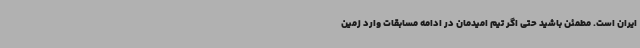
ایران است. مطمئن باشید حتی اگر تیم امیدمان در ادامه مسابقات وارد زمین